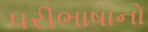
પરીભાષાનો